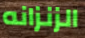
الزنزانه